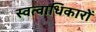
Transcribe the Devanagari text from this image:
स्वत्वाधिकारों